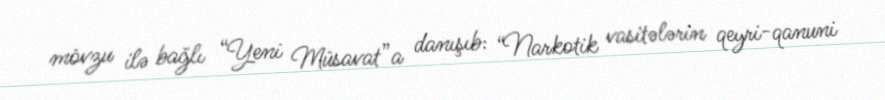
mövzu ilə bağlı “Yeni Müsavat”a danışıb: “Narkotik vasitələrin qeyri-qanuni